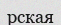
рская